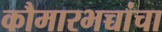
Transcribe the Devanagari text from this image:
कौमारभच्चांचा